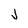
Character: J